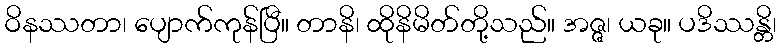
ဝိနဿတာ၊ ပျောက်ကုန်ပြီ။ တာနိ၊ ထိုနိမိတ်တို့သည်။ အဇ္ဇ၊ ယခု။ ပဒိဿန္တိ၊